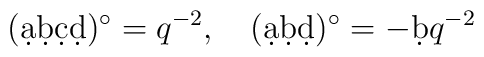
(\d a\d b\d c\d d)^\circ=q^{-2},\quad (\d a \d b\d d)^\circ=- \d b q^{-2}